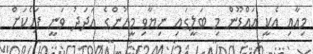
މިއާއި އެކީ އައްޑޫން މި ބަލީގައި ނިޔާވި މީހުންގެ އަދަދު ވަނީ ފަހެކަށް